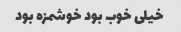
خیلی خوب بود خوشمزه بود